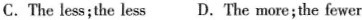
C.The less;the lessD.The more;the fewer